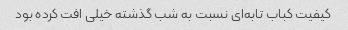
کیفیت کباب تابه‌ای نسبت به شب گذشته خیلی افت کرده بود